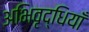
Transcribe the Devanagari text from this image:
अभिवृद्धियाँ